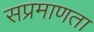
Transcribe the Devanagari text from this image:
सप्रमाणता